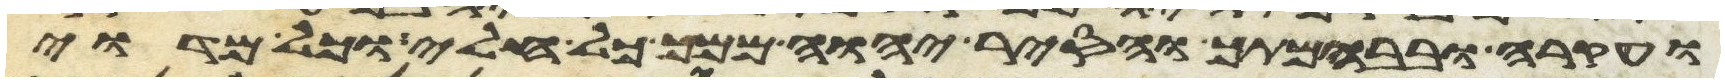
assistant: ועקרה ובבהמתך והסיר יהוה ממך כל חלי וכל מדוי